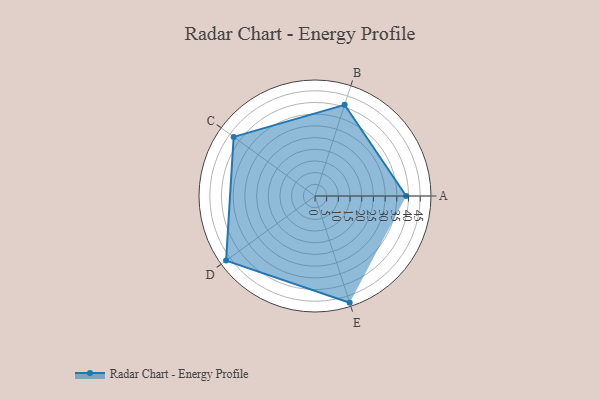
{"axis": {"x": "Skill", "y": "Score"}, "legend": ["Profile"], "data": [{"x": "A", "y": 39.0, "type": "Profile"}, {"x": "B", "y": 41.0, "type": "Profile"}, {"x": "C", "y": 43.0, "type": "Profile"}, {"x": "D", "y": 47.0, "type": "Profile"}, {"x": "E", "y": 48.0, "type": "Profile"}]}